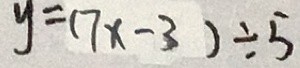
y = ( 7 x - 3 ) \div 5